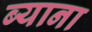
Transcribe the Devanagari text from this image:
ब्याना